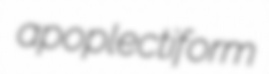
apoplectiform